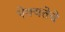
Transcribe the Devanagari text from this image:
ऐक्यतेचे